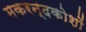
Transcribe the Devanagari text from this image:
मकरन्दकोशों